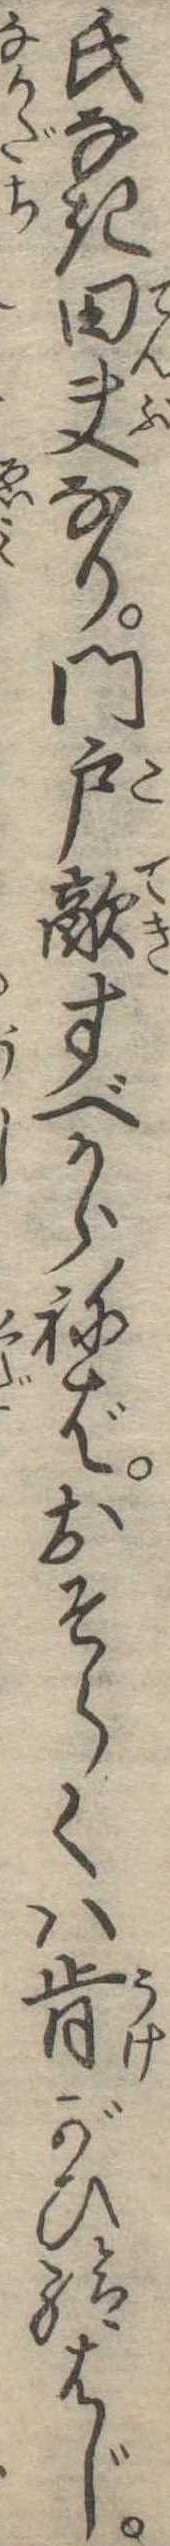
氏なき田夫なり門戸敵すべからねばおそらくは肯がひ給はじ